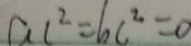
a c ^ { 2 } = b c ^ { 2 } = 0